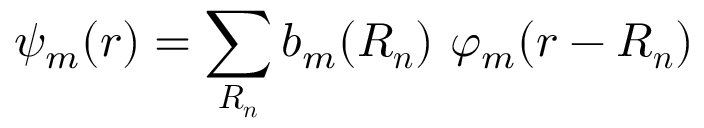
\psi _ { m } ( { \boldsymbol { r } } ) = \sum _ { \boldsymbol { R _ { n } } } b _ { m } ( { \boldsymbol { R _ { n } } } ) \ \varphi _ { m } ( { \boldsymbol { r - R _ { n } } } )